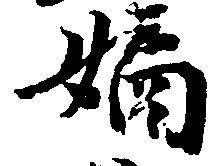
嫡